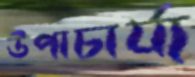
উপাচার্য্য